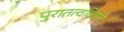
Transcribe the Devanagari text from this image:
पुरातत्वविदोन